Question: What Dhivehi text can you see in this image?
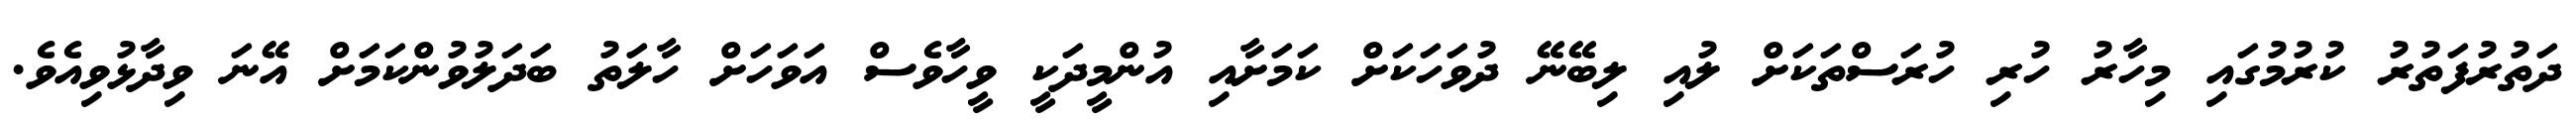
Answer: ދަތުރުފަތުރު ކުރުމުގައި މިހާރު ހުރި ހުރަސްތަކަށް ލުއި ލިބޭނޭ ދުވަހަކަށް ކަމަށާއި އުންމީދަކީ ވީހާވެސް އަވަހަށް ހާލަތު ބަދަލުވުންކަމަށް އޭނަ ވިދާޅުވިއެވެ.